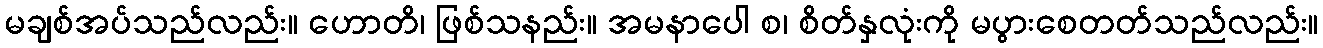
မချစ်အပ်သည်လည်း။ ဟောတိ၊ ဖြစ်သနည်း။ အမနာပေါ စ၊ စိတ်နှလုံးကို မပွားစေတတ်သည်လည်း။